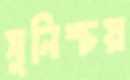
সুনিশ্চয়